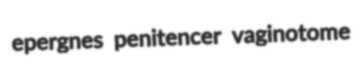
epergnes penitencer vaginotome